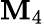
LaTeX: \mathbf{M}_{4}